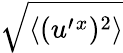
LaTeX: \sqrt{\langle{(u^{\prime}{}^{x})^{2}}\rangle}